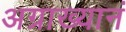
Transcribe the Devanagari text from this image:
अग्राख्यानं